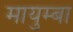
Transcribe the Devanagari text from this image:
मायुम्बा